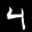
Label: 4